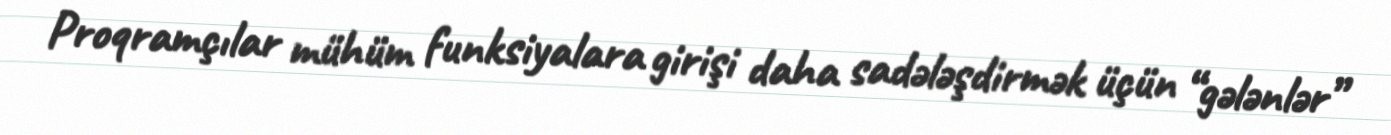
Proqramçılar mühüm funksiyalara girişi daha sadələşdirmək üçün “gələnlər”